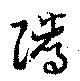
隲